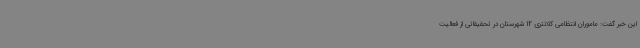
این خبر گفت: ماموران انتظامی کلانتری 12 شهرستان در تحقیقاتی از فعالیت